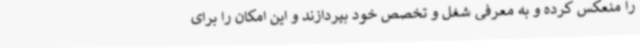
را منعکس کرده و به معرفی شغل و تخصص خود بپردازند و این امکان را برای